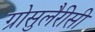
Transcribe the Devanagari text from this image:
ग्रोसुलैरीसी